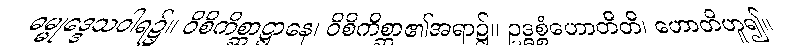
ဓမ္မုဒ္ဒေသဝါရ၌။ ဝိစိကိစ္ဆာဋ္ဌာနေ၊ ဝိစိကိစ္ဆာ၏အရာ၌။ ဥဒ္ဓစ္စံဟောတီတိ၊ ဟောတိဟူ၍။